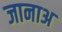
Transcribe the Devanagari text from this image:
जानाअ